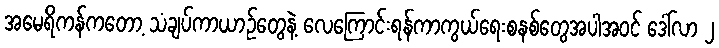
အမေရိကန်ကတော့ သံချပ်ကာယာဉ်တွေနဲ့ လေကြောင်းရန်ကာကွယ်ရေးစနစ်တွေအပါအ၀င် ဒေါ်လာ ၂